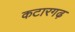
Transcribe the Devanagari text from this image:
कटारगढ़